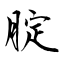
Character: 腚